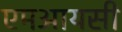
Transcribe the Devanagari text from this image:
एमआयसी